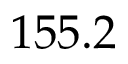
1 5 5 . 2